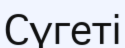
Сүгеті